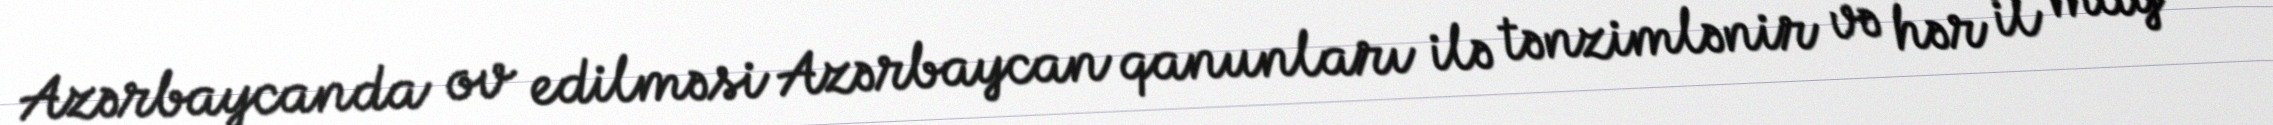
Azərbaycanda ov edilməsi Azərbaycan qanunları ilə tənzimlənir və hər il may